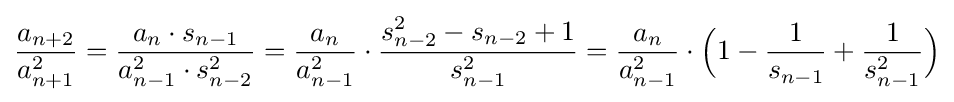
{\frac {a_{n+2}}{a_{n+1}^{2}}}={\frac {a_{n}\cdot s_{n-1}}{a_{n-1}^{2}\cdot s_{n-2}^{2}}}={\frac {a_{n}}{a_{n-1}^{2}}}\cdot {\frac {s_{n-2}^{2}-s_{n-2}+1}{s_{n-1}^{2}}}={\frac {a_{n}}{a_{n-1}^{2}}}\cdot {\Big (}1-{\frac {1}{s_{n-1}}}+{\frac {1}{s_{n-1}^{2}}}{\Big )}